Medical and sanitary report on the native army of Bombay for the year
Year: 1878
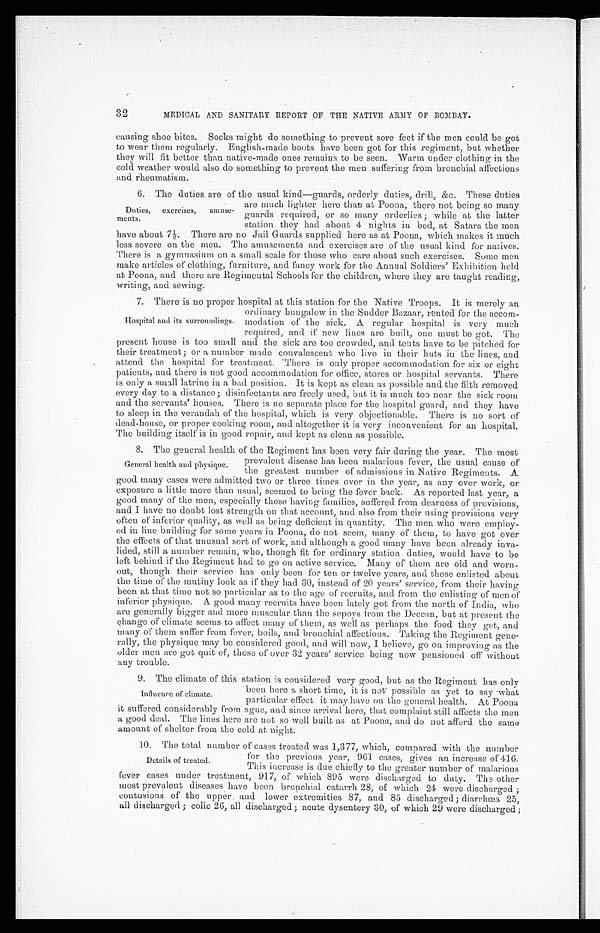
32
MEDICAL AND SANITARY REPORT OF THE NATIVE ARMY OF BOMBAY.
causing shoe bites. Socks might do something to prevent sore feet if the men could be got
to wear them regularly. English-made boots have been got for this regiment, but whether
they will fit better than native-made ones remains to be seen. Warm under clothing in the
cold weather would also do something to prevent the men suffering from bronchial affections
and rheumatism.
6. The duties are of the usual kind—guards, orderly duties, drill, &c. These duties
Duties,
exercises,
amuse-
ments.
are much lighter here than at Poona, there not being so many
guards required, or so many orderlies ; while at the latter
station they had about 4 nights in bed, at Satara the men
h a v e a b o u t 7 1 / 2 . T h e r e a r e n o J a i l Gu a r d s s u p p l i e d h e r e a s a t P o o n a , wh i c h ma k e s i t mu c h
less severe on the men. The amusements and exercises are of the usual kind for natives.
There is a gymnasium on a small scale for those who care about such exercises. Some men
make articles of clothing, furniture, and fancy work for the Annual Soldiers' Exhibition held
at Poona, and there are Regimental Schools for the children, where they are taught reading,
writing, and sewing.
7. There is no proper hospital at this station for the Native Troops. It is merely an
ordinary bungalow in the Sudder Bazaar, rented for the accom-
-
modation of the sick. A. regular hospital is very much
required, and if new lines are built, one must be got. The
present house is too small and the sick are too crowded, and tents have to be pitched for
their treatment; or a number made convalescent who live in their huts in the lines, and
attend the hospital for treatment. 'There is only proper accommodation for six or eight
patients, and there is not good accommodation for office, stores or hospital servants. There
is only a small latrine in a bad position. It is kept as clean as possible and the filth removed
every day to a distance; disinfectants are freely used, but it is much too near the sick room
and the servants' houses. There is no separate place for the hospital guard, and they have
to sleep in the verandah of the hospital, which is very objectionable. There is no sort of
dead-house, or proper cooking room, and altogether it is very inconvenient for an hospital.
The building itself is in good repair, and kept as clean as possible.
8. The general health of the Regiment has been very fair during the year. The most
Hospital and its surroundings.
General health and physique.
prevalent disease has been malarious fever, the usual cause of
the greatest number of admissions in Native Regiments. A
good many cases were admitted two or three times over in the year, as any over work, or
exposure a little more than usual, seemed to bring the fever back. As reported last year, a
good many of the men, especially those having families, suffered from dearness of provisions,
and I have no doubt lost strength on that account, and also from their using provisions very
often of inferior quality, as well as being deficient in quantity. The men who were employ-
ed in line building for some years in Poona, do not seem, many of them, to have got over
the effects of that unusual sort of work, and although a good many have been already inva
lided, still a number remain, who, though fit for ordinary station duties, would have to be
left behind if the Regiment had to go on active service. Many of them are old and worn
out, though their service has only been for ten or twelve years, and those enlisted about
the time of the mutiny look as if they had 30, instead of 20 years' service, from their having
been at that time not so particular as to the age of recruits, and from the enlisting of men of
inferior physique. A good many recruits have been lately got from the north of India, who
are generally bigger and more muscular than the sepoys from the Deccan, but at present the
change of climate seems to affect many of them, as well as perhaps the food they get, and
many of them suffer from fever, boils, and bronchial affections. Taking the Regiment gene-
rally, the physique may be considered good, and will now, I believe, go on improving as the
older men are got quit of, those of over 32 years' service being now pensioned off without
any trouble.
9.
The climate of this station is considered very good, but as the Regiment has only
been here a short time, it is not possible as yet to say what
particular effect it may have on the general health. At Poona
it suffered considerably from ague, and since arrival here, that complaint still affects the men
a good deal. The lines here are not so well built as at Poona, and do not afford the same
amount of shelter from the cold at night.
10.
The total number of cases treated was 1,377, which, compared with the number
Influence of climate.
Details of treated.
for the previous year, 961 cases, gives an increase of 416.
This increase is due chiefly to the greater number of malarious
fever cases under treatment, 917, of which 895 were discharged to duty. The other
most prevalent diseases have been bronchial catarrh 28, of which 24 were discharged ;
contusions of the upper and lower extremities 87, and 85 discharged ; diarrhœa 25,
all discharged ; colic 26, all discharged ; acute dysentery 30, of which 29 were discharged;